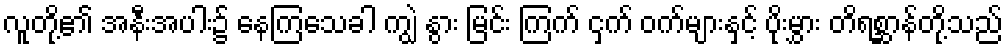
လူတို့၏ အနီးအပါး၌ နေကြသေခါ ကျွဲ နွား မြင်း ကြက် ငှက် ဝက်များနှင့် ပိုးမွှား တိရစ္ဆာန်တို့သည်